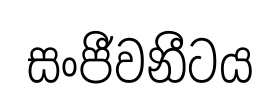
සංජීවනීටය